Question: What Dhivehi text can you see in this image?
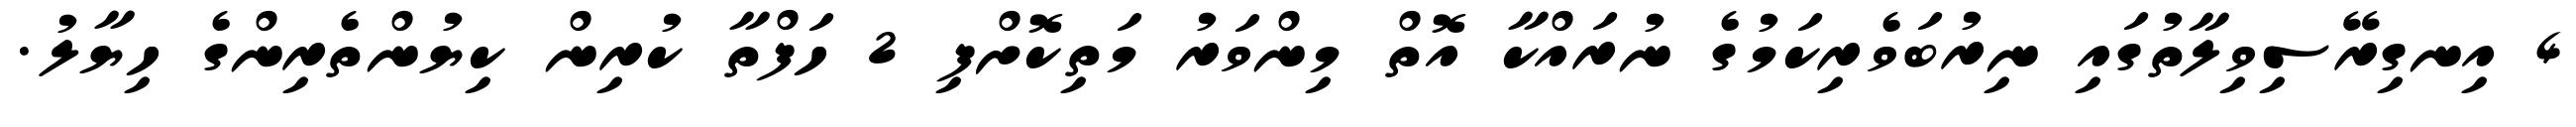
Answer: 4 އިނގިރޭސިވިލާތުގައި ނިރުބަވެރިކަމުގެ ނުރައްކާ އޮތް މިންވަރު މަތިކޮށްފި 2 ހަފްތާ ކުރިން ކިޔުންތެރިންގެ ހިޔާލު.